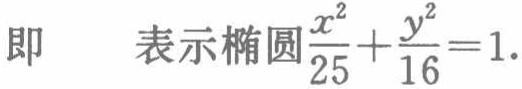
即 表示椭圆$\frac{x^{2}}{25}+\frac{y^{2}}{16}=1$.